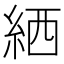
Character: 絤